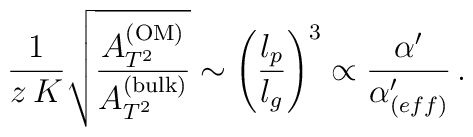
{1\over z\,K} \sqrt{{A^{\rm (OM)}_{T^2}} \over {A^{\rm (bulk)}_{T^2}}}\sim \left({l_p \over l_g}\right)^3 \propto {\alpha^\prime \over \alpha^\prime_{(eff)}} \, .